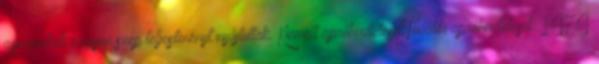
gyermekek nagyon szép teljesítményt nyújtottak. Kiemelt apróhirdetésekTovábbi apróhirdetések 1474